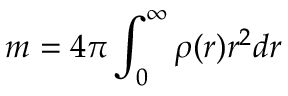
m = 4 \pi \int _ { 0 } ^ { \infty } { \rho ( r ) r ^ { 2 } d r }